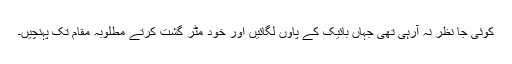
کوئی جا نظر نہ آرہی تھی جہاں بائیک کے پاؤں لگائیں اور خود مٹر گشت کرتے مطلوبہ مقام تک پہنچیں۔